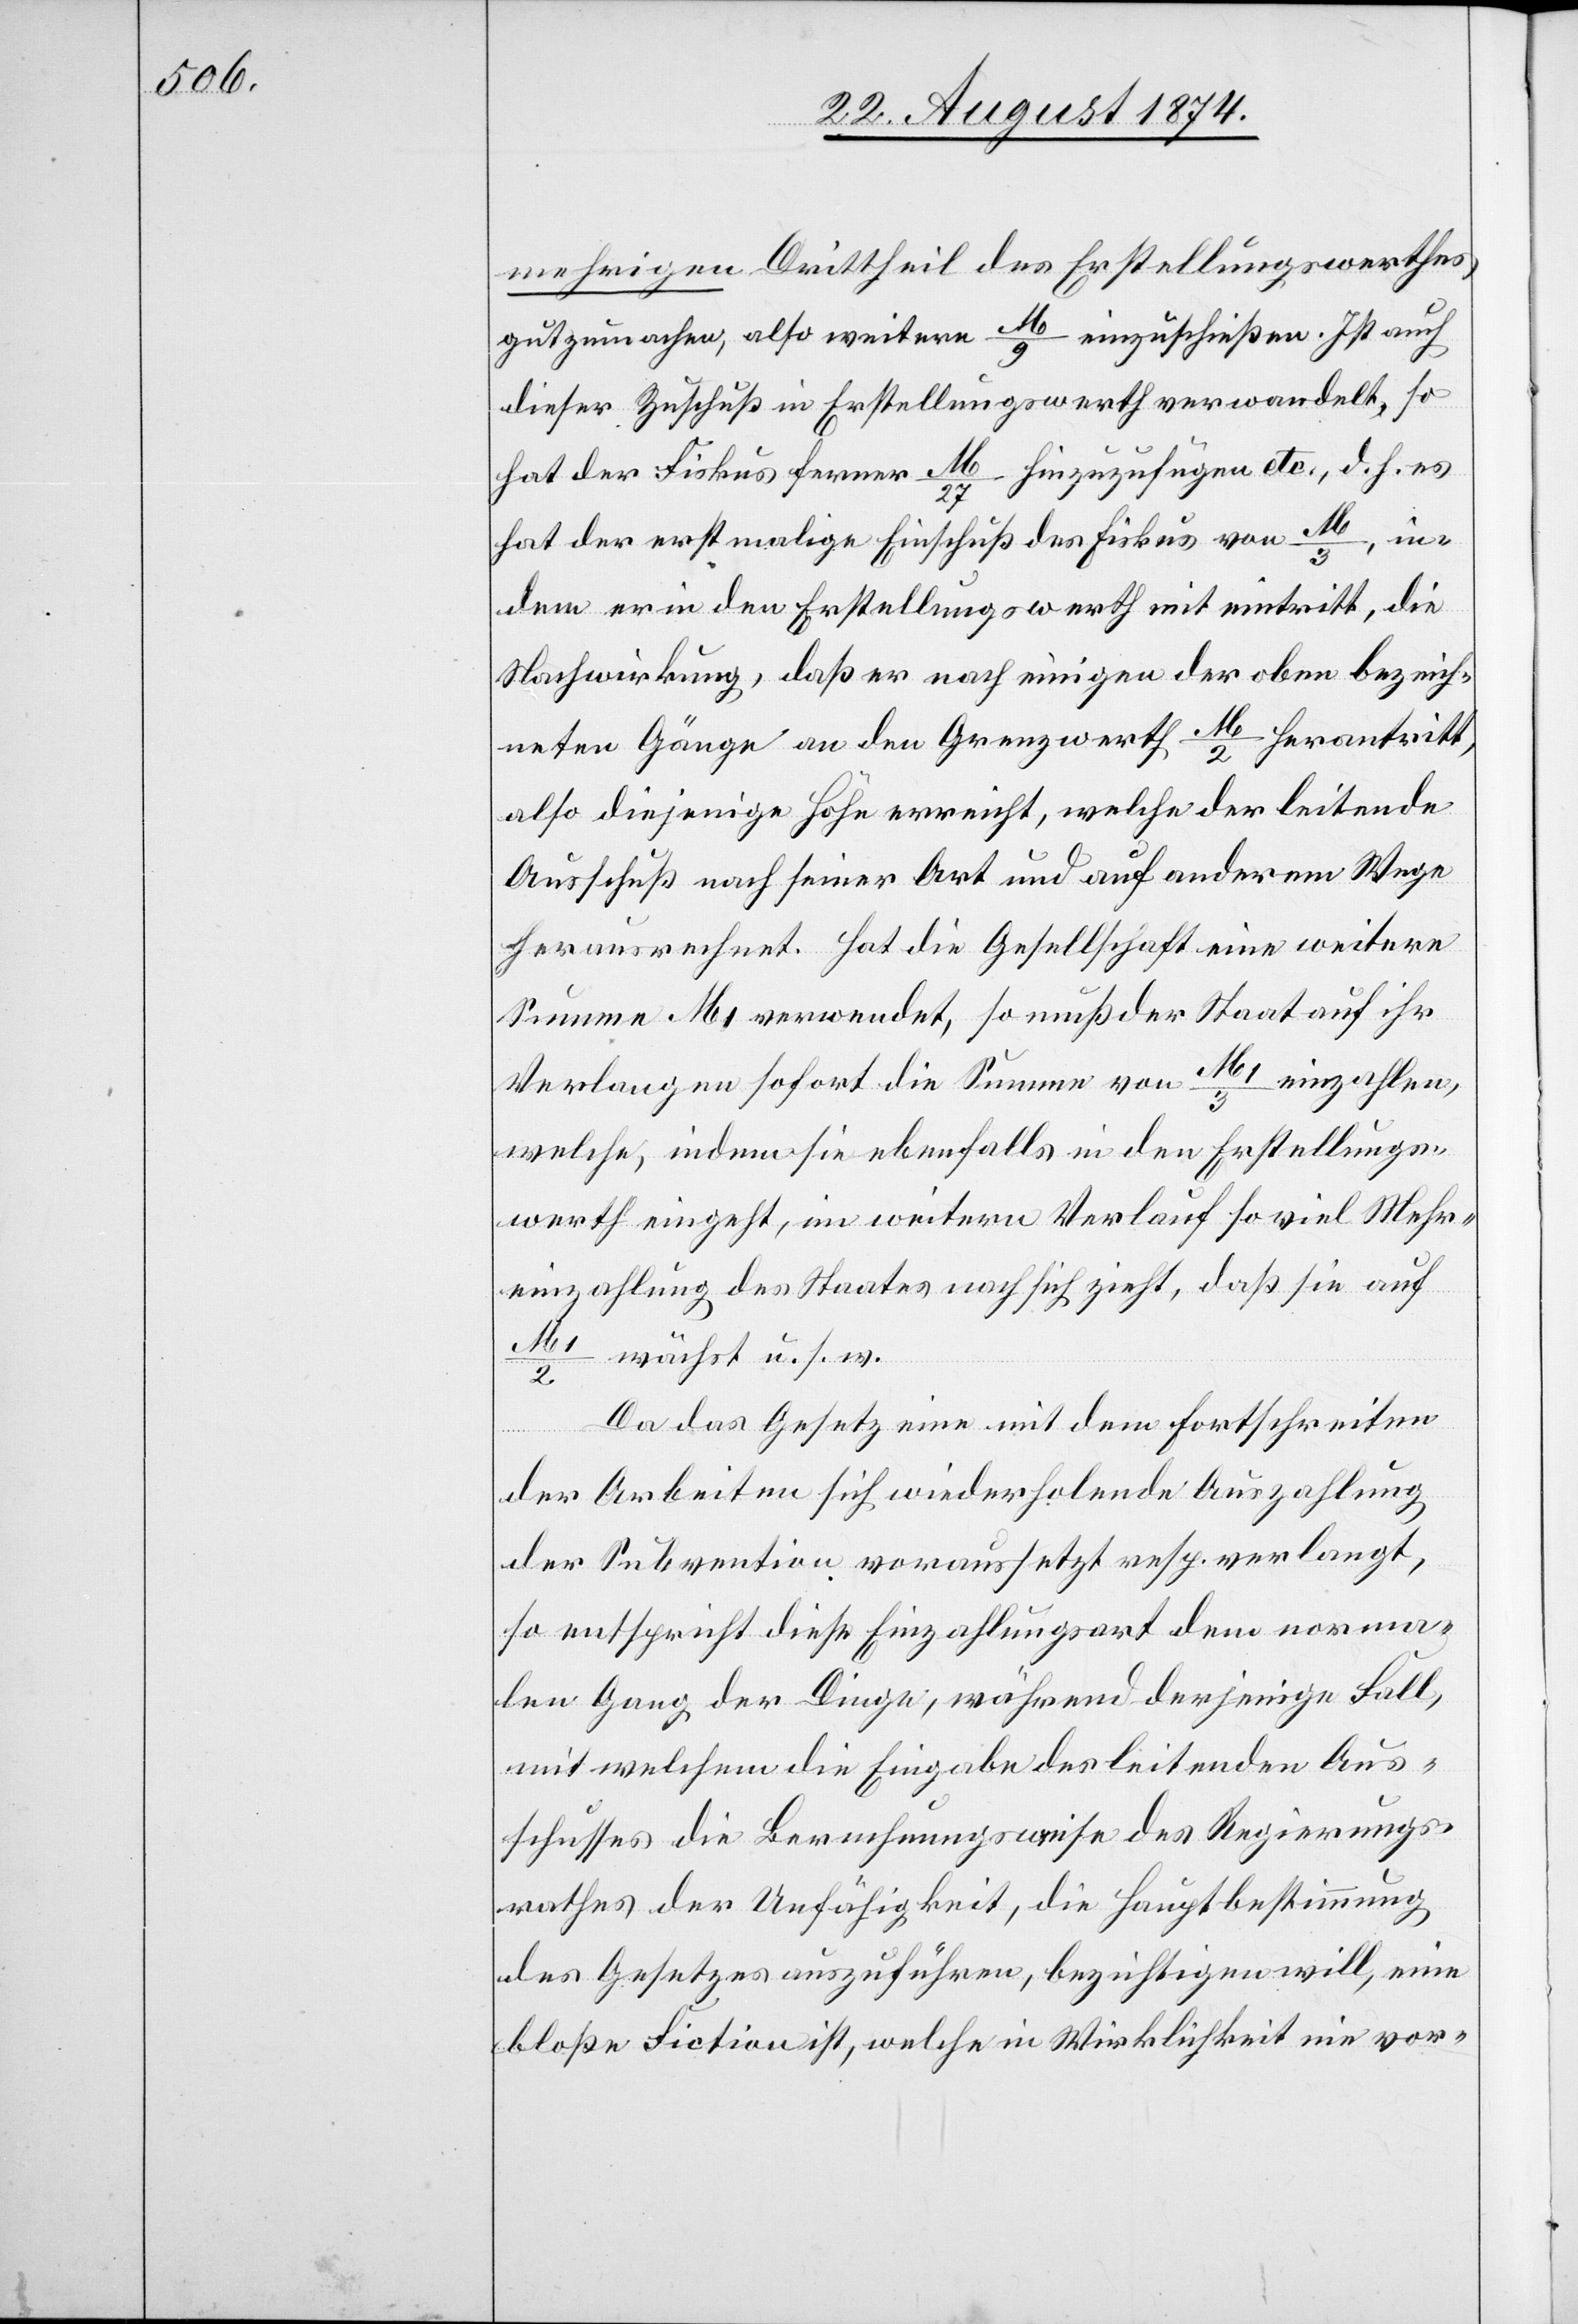
mehrigen Drittheil des Erstellungswerthes
gutzumachen, also weitern M/9 einzuschließen. Ist auch
dieser Zuschuß in Erstellungswerth verwandelt, so
hat der Fiskus ferner M/27 hinzuzufügen etc., d. h. es
hat der erstmalige Einschuß des Fiskus von M/3, in¬
dem er in den Erstellungswerth mit eintritt, die
Nachwirkung, daß er nach einigen der oben bezeich¬
neten Gänge an den Grenzwerth M/2 herantritt,
also diejenige Höhe erreicht, welche der leitende
Ausschuß nach seiner Art und auf anderm Wege
herausrechnet. Hat die Gesellschaft eine weitere
Summe M1 verwendet, so muß der Staat auf ihr
Verlangen sofort die Summe von M1/3 einzahlen,
welche indem sie ebenfalls in den Erstellungs¬
werth eingeht, in weitern Verlauf so viel Mehr¬
einzahlung des Staates nach sich zieht, daß sie auf
M1/2 wächst u. s. w.
Da das Gesetz eine mit dem Fortschreiten
der Arbeiten sich wiederholende Auszahlung
der Subvention voraussetzt resp. verlangt,
so entspricht diese Einzahlungsart dem norma¬
len Gang der Dinge, während derjenige Fall,
mit welchem die Eingabe des leitenden Aus¬
schusses die Berechnungsweise des Regierungs¬
rathes der Unfähigkeit, die Hauptbestimmung
des Gesetzes auszuführen, bezichtigen will, eine
bloße Fiction, welche in Wirklichkeit nie vor-